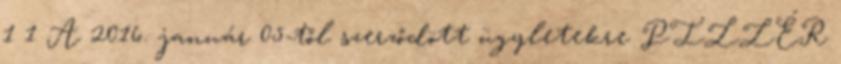
1 1 A 2016. január 05-től szerződött ügyletekre PILLÉR